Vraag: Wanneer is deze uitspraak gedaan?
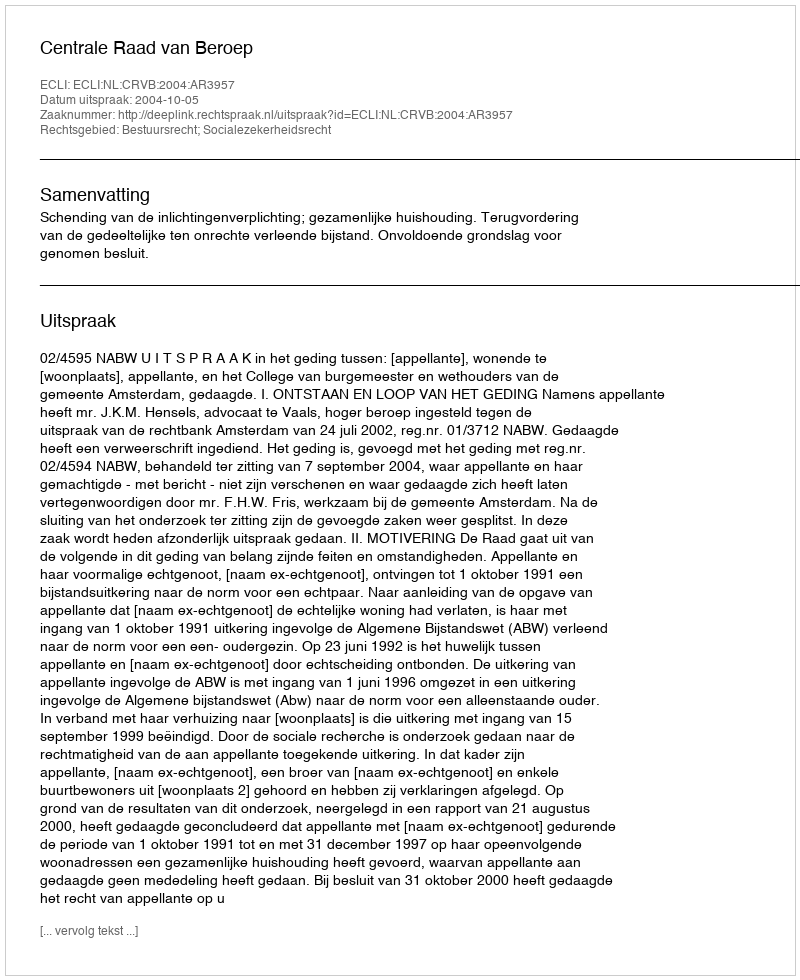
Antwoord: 2004-10-05